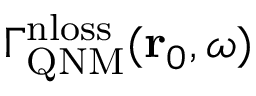
\Gamma _ { \mathrm { Q N M } } ^ { \mathrm { n l o s s } } ( \mathbf { r } _ { 0 } , \omega )